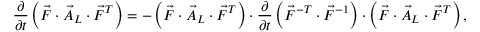
\frac { \partial } { \partial t } \left( \vec { F } \cdot \vec { A } _ { L } \cdot \vec { F } ^ { T } \right) = - \left( \vec { F } \cdot \vec { A } _ { L } \cdot \vec { F } ^ { T } \right) \cdot \frac { \partial } { \partial t } \left( \vec { F } ^ { - T } \cdot \vec { F } ^ { - 1 } \right) \cdot \left( \vec { F } \cdot \vec { A } _ { L } \cdot \vec { F } ^ { T } \right) ,